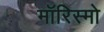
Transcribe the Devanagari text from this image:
मॉरिस्मो